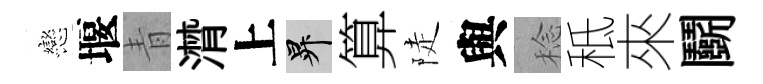
戀堰青潸上升算陡與稔秪來鬬